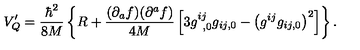
V _ { Q } ^ { \prime } = \frac { { \hbar } ^ { 2 } } { 8 M } \left\{ R + \frac { ( \partial _ { a } f ) ( \partial ^ { a } f ) } { 4 M } \left[ 3 g _ { \phantom { 0 } , 0 } ^ { i j } g _ { i j , 0 } - { \left( g ^ { i j } g _ { i j , 0 } \right) } ^ { 2 } \right] \right\} .